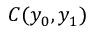
C ( y _ { 0 } , y _ { 1 } )